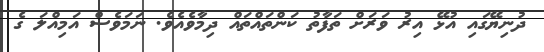
ދުނިޔޭގައި އުޅޭ އިރު ވަރަށް ތަފާތު ކަންތައްތައް ދިމާވެއެވެ. ނަމަވެސް އަމިއްލަ ގެ